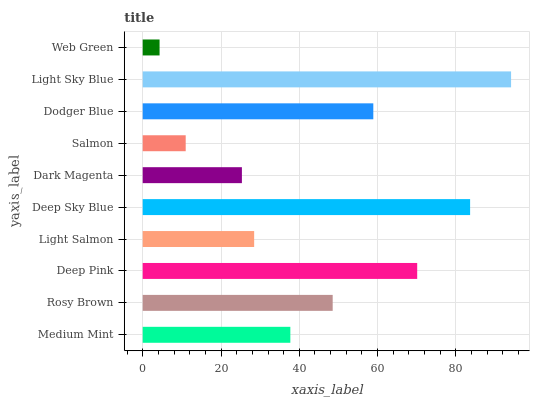
| yaxis_label | bars |
 | --- | --- |
 | Medium Mint | 37.7 |
 | Rosy Brown | 48.5 |
 | Deep Pink | 70.1 |
 | Light Salmon | 28.5 |
 | Deep Sky Blue | 83.6 |
 | Dark Magenta | 25.3 |
 | Salmon | 11 |
 | Dodger Blue | 58.9 |
 | Light Sky Blue | 94.1 |
 | Web Green | 4.31 |